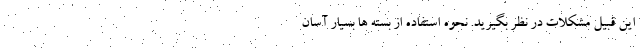
این قبیل مشکلات در نظر بگیرید. نحوه استفاده از بسته ها بسیار آسان